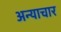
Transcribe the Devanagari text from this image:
अन्याचार